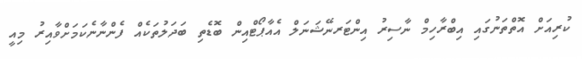
ކުރިއަށް އޮތްތަނުގައި އިބްރާހިމް ނާސިރު އިންޓަރނޭޝަނަލް އެއާޕޯޓްއިން ބޮޑެތި ބަދަލުތަކެއް ފެންނާނެކަމަށްވާއިރު މިއީ